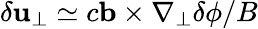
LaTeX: \delta\mathbf{u}_{\perp}\simeq c\mathbf{b}\times\nabla_{\perp}\delta\phi/B